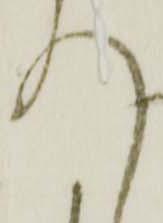
入